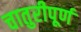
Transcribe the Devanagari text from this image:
चातुरीपूर्ण